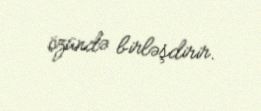
özündə birləşdirir.